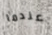
عندما